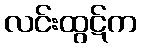
လင်းထွဋ်က